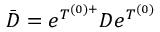
\bar { D } = e ^ { T ^ { ( 0 ) + } } D e ^ { T ^ { ( 0 ) } }